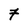
Character: 7